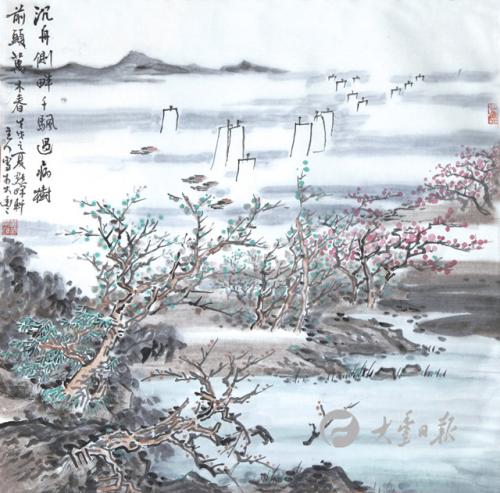
沉舟侧畔千帆过，病树前头万木春。